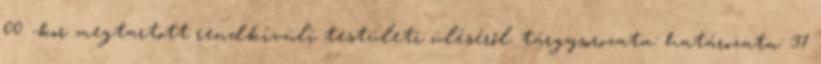
00 -kor megtartott rendkívüli testületi üléséről. tárgysorozata: határozata: 37